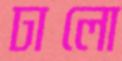
ঢালো